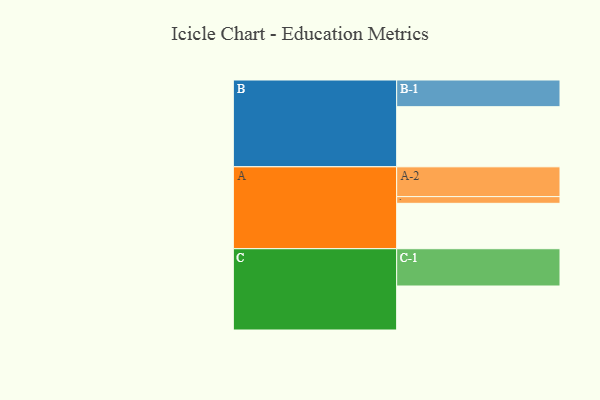
{"axis": {"x": "Segment", "y": "Value"}, "legend": ["", "A", "B", "C"], "data": [{"x": "A", "y": 352, "type": ""}, {"x": "B", "y": 466, "type": ""}, {"x": "C", "y": 341, "type": ""}, {"x": "A-1", "y": 52, "type": "A"}, {"x": "A-2", "y": 231, "type": "A"}, {"x": "B-1", "y": 207, "type": "B"}, {"x": "C-1", "y": 289, "type": "C"}]}